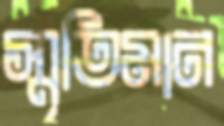
স্মৃতিমান